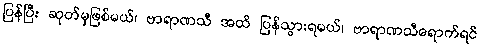
ပြန်ပြီး ဆုတ်မှဖြစ်မယ်၊ ဗာရာဏသီ အထိ ပြန်သွားရမယ်၊ ဗာရာဏသီရောက်ရင်